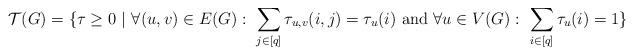
LaTeX: \begin{align*}\mathcal{T}(G)=\{\tau\geq 0\ |\ \forall (u,v)\in E(G):\ \sum_{j\in [q]}\tau_{u,v}(i,j)=\tau_u(i)\ \mbox{and}\ \forall u\in V(G):\ \sum_{i\in [q]}\tau_u(i)=1\}\end{align*}